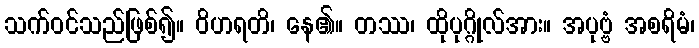
သက်ဝင်သည်ဖြစ်၍။ ဝိဟရတိ၊ နေ၏။ တဿ၊ ထိုပုဂ္ဂိုလ်အား။ အပုဗ္ဗံ အစရိမံ၊